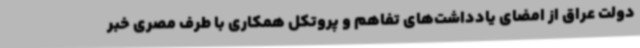
دولت عراق از امضای یادداشت‌های تفاهم و پروتکل همکاری با طرف مصری خبر